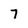
Character: 7